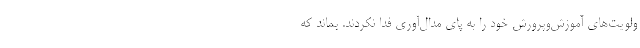
ولویت‌های آموزش‌وپرورش خود را به پای مدال‌آوری فدا نکردند. بماند که